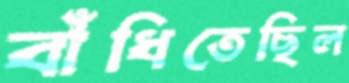
বাঁধিতেছিল